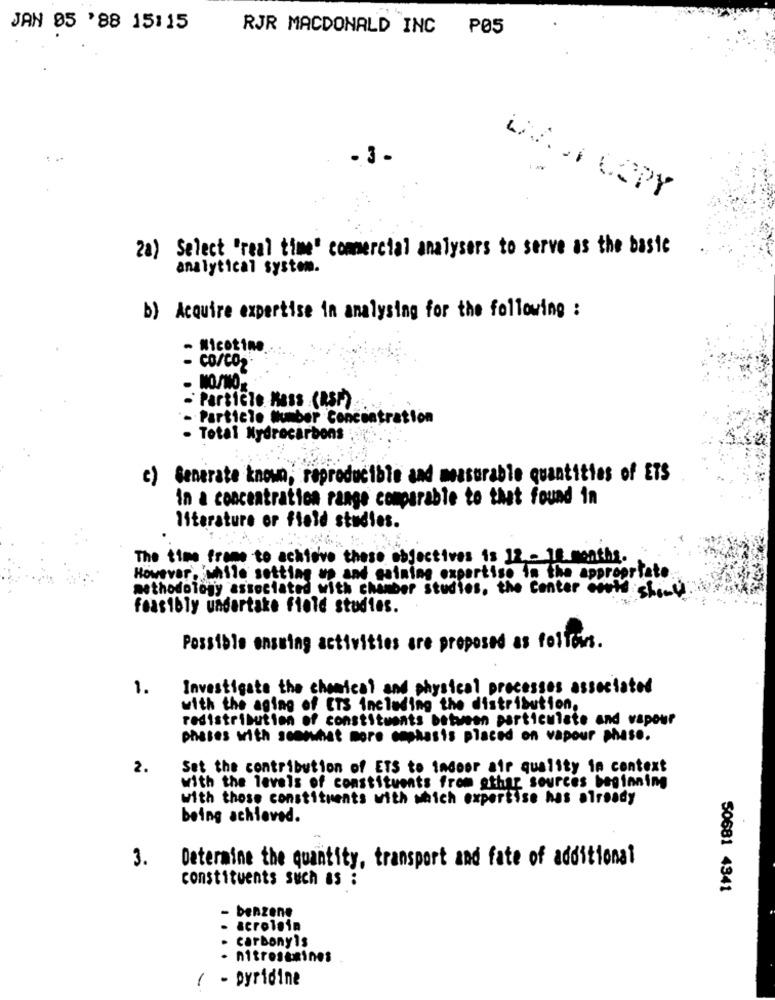
JAN 05 '88 15:15
RJR MACDONALD INC P05
UMA.A COPY
2a) Select "real time" commercial analysers to serve as the basic
analytical system.
b) Acquire expertise in analysing for the following :
- Nicotine.
- co/co
- NOSNO
- Particle Mass (RSF)
- Particle Number Concentration
- Total Nydrecarbons
c) Generate known, reproducible and measurable quantities of ETS
In a concentration range comparable to that found in
literature or field studies.
The time frame to achieve these objectives is 12 - 12 months.
However, while setting up and seining expertise in the appropriate
methodology associated with chamber studies, the Center costs should.
feasibly undertake floid studies.
Possible ensuing activities are proposed as follows.
1.
Investigate the chemical and physical processes associated
with the aging of ITS including the distribution,
redistribution of constituents between particulate and vapour
phases with secowhat more emphasis placed on vapour phase.
2.
Set the contribution of ETS to indoor air quality in context
with the levels of constituents from athar sources beginning
with those constituents with which expertise has already
being achieved.
3.
Determine the quantity, transport and fate of additional
constituents such as :
50681 4341
benzene
acroloin
- carbonyls
- nitrestmines
....
( - pyridine